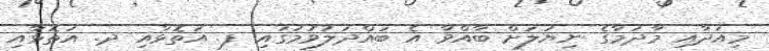
މިއަދާއި މާދަމާގެ ނިޔަލަށް ބާއްވާ އެ ބައްދަލުވުމުގައި ފ. އަތޮޅާއި ދ. އަތޮޅާއި